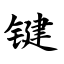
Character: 键